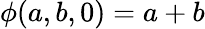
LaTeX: \phi(a,b,0)=a+b